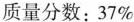
质量分数：37%